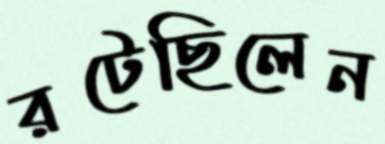
রটেছিলেন